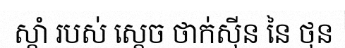
ស្តាំ របស់ ស្តេច ថាក់ស៊ីន នៃ ថុន